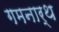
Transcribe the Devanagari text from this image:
गमनार्थ